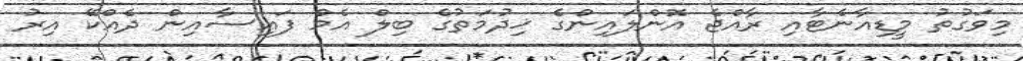
މިވަގުތު މީޑިއާނެޓާއި ރާއްޖެ އޮންލައިންގެ ޚިދުމަތުގެ ބިލް އެމް ފައިސާއިން ދެއްކޭ އިރު